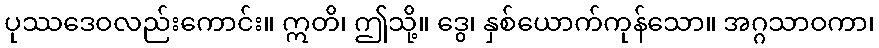
ပုဿဒေဝလည်းကောင်း။ ဣတိ၊ ဤသို့။ ဒွေ၊ နှစ်ယောက်ကုန်သော။ အဂ္ဂသာဝကာ၊